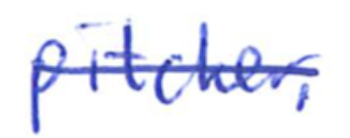
Text: pitcher.
Cross-out: mix
Writing tool: ballpoint